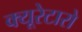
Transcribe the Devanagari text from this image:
क्यूरेटारो